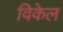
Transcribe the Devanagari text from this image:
विकेल